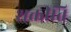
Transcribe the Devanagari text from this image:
शक्तीति